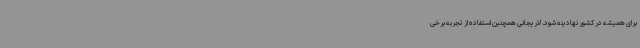
برای همیشه در کشور نهادینه شود. لاریجانی همچنین استفاده از تجربه برخی